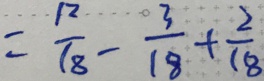
= \frac { 1 2 } { 1 8 } - \frac { 3 } { 1 8 } + \frac { 2 } { 1 8 }